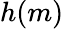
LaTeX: h(m)